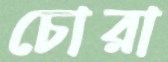
চোরা